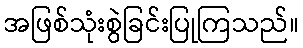
အဖြစ်သုံးစွဲခြင်းပြုကြသည်။